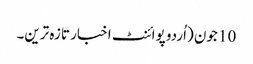
10 جون (اُردو پوائنٹ اخبار تازہ ترین۔